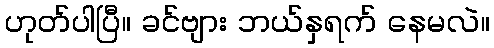
ဟုတ်ပါပြီ။ ခင်ဗျား ဘယ်နှရက် နေမလဲ။